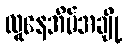
လူနေအိမ်အချို့